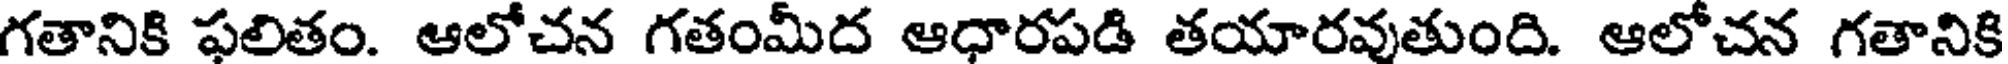
గతానికి ఫలితం. ఆలోచన గతంమీద ఆధారపడి తయారవుతుంది. ఆలోచన గతానికి